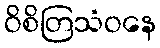
ဝိစိတြသံဝနေ